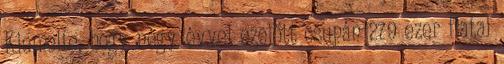
Kiemelte, hogy négy évvel ezelőtt csupán 279 ezer fiatal